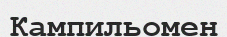
Кампильомен